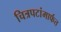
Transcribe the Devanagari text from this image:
चित्रपटांमार्फत